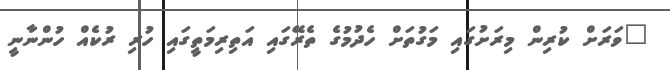
"ވަރަށް ކުރިން މިރަށުގައި މަގުތަށް ހެދުމުގެ ތެރޭގައި އަތިރިމަތީގައި ހުރި ރުކެއް ހުންނާނީ